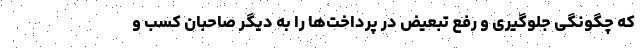
که چگونگی جلوگیری و رفع تبعیض در پرداخت‌ها را به دیگر صاحبان کسب و